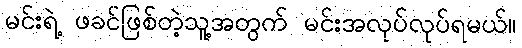
မင်းရဲ့ ဖခင်ဖြစ်တဲ့သူ့အတွက် မင်းအလုပ်လုပ်ရမယ်။